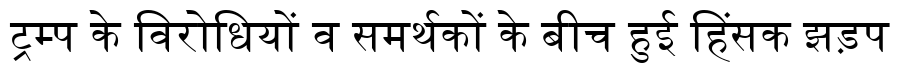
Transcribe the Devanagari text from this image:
ट्रम्प के विरोधियों व समर्थकों के बीच हुई हिंसक झड़प